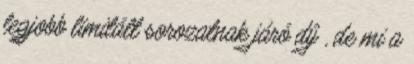
legjobb limitált sorozatnak járó díj , de mi a